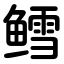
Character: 鳕